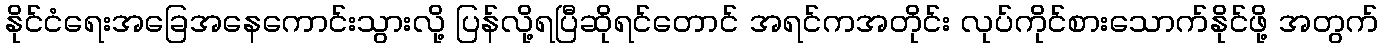
နိုင်ငံရေးအခြေအနေကောင်းသွားလို့ ပြန်လို့ရပြီဆိုရင်တောင် အရင်ကအတိုင်း လုပ်ကိုင်စားသောက်နိုင်ဖို့ အတွက်